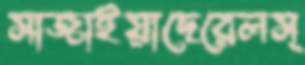
সাজাইয়াছেরেলস্